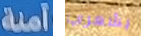
آمنة بشعري